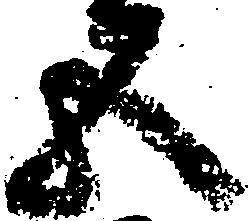
五